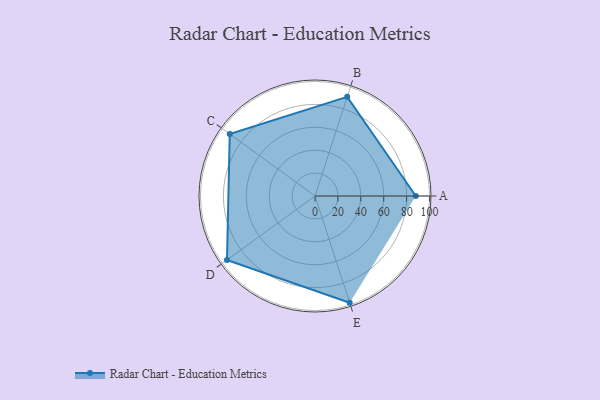
{"axis": {"x": "Skill", "y": "Score"}, "legend": ["Profile"], "data": [{"x": "A", "y": 88.0, "type": "Profile"}, {"x": "B", "y": 91.0, "type": "Profile"}, {"x": "C", "y": 92.0, "type": "Profile"}, {"x": "D", "y": 95.0, "type": "Profile"}, {"x": "E", "y": 98.0, "type": "Profile"}]}